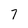
Character: 7